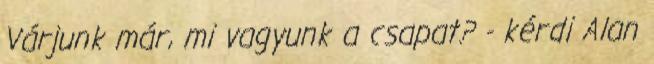
Várjunk már, mi vagyunk a csapat? - kérdi Alan